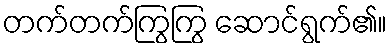
တက်တက်ကြွကြွ ဆောင်ရွက်၏။